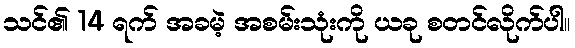
သင်၏ 14 ရက် အခမဲ့ အစမ်းသုံးကို ယခု စတင်လိုက်ပါ။